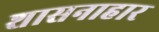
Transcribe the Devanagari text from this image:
शासनाहार